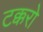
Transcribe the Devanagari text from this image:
टक्करो